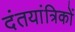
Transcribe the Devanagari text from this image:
दंतयांत्रिकों